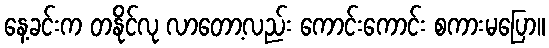
နေ့ခင်းက တနိုင်လု လာတော့လည်း ကောင်းကောင်း စကားမပြော။